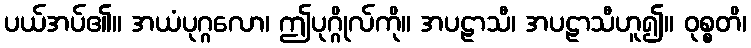
ပယ်အပ်၏။ အယံပုဂ္ဂလော၊ ဤပုဂ္ဂိုလ်ကို။ အပဠာသီ၊ အပဠာသီဟူ၍။ ဝုစ္စတိ၊